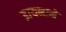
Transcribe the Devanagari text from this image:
डायनाने